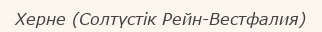
Херне (Солтүстік Рейн-Вестфалия)